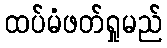
ထပ်မံဖတ်ရှုမည်